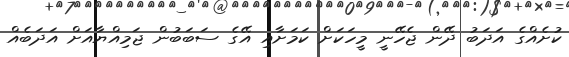
ކުށެއްގެ އަދަބު ދޭން ޖެހޭނީ މީހަކަށް ކަމަށާއި އޭގެ ސަބަބުން ޖަމިއްޔާއަށް އަދަބެއް